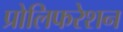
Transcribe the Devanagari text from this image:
प्रोलिफरेशन